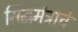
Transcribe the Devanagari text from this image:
सिद्धमंत्राचे